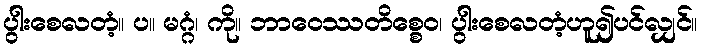
ပွါးစေလတံ့။ ပ။ မဂ္ဂံ၊ ကို။ ဘာဝေဿတိစ္စေဝ၊ ပွါးစေလတံ့ဟူ၍ပင်လျှင်။